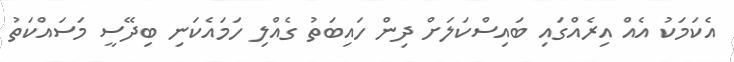
އެކަމަކު އެއް އިރެއްގައި ބައިސްކަލަށް ދިން ހައިބަތު ގެއްލި ހަމައެކަނި ބިދޭސީ މަސައްކަތު